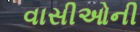
વાસીઓની